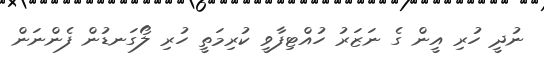
ނުދީ ހުރި އީން ގެ ނަޒަރު ހުއްޓިފާވީ ކުރިމަތީ ހުރި ލޯގަނޑުން ފެންނަން